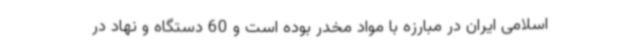
اسلامی ایران در مبارزه با مواد مخدر بوده است و 60 دستگاه و نهاد در